Report of the Indian Hemp Drugs Commission, 1894-1895 - Volume VII
Year: 1894
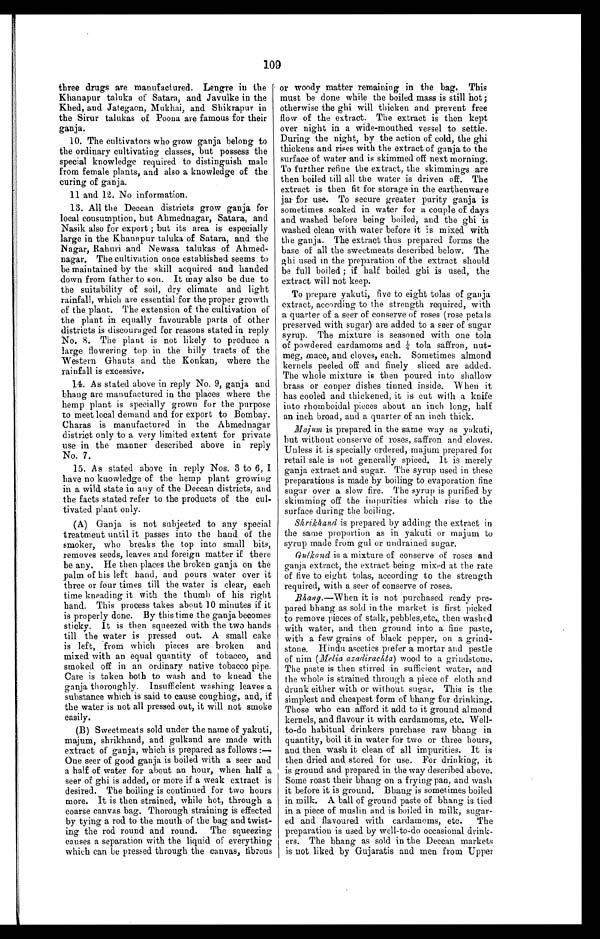
109
three drugs are manufactured. Lengre in the
Khanapur taluka of Satara, and Javulke in the
Khed, and Jategaon, Mukhai, and Shikrapur in
the Sirur talukas of Poona are famous for their
ganja.
10. The cultivators who grow ganja belong to
the ordinary cultivating classes, but possess the
special knowledge required to distinguish male
from female plants, and also a knowledge of the
curing of ganja.
11 and 12. No information.
13. All the Deccan districts grow ganja for
local consumption, but Ahmednagar, Satara, and
Nasik also for export ; but its area is especially
large in the Khanapur taluka of Satara, and the
Nagar, Rahuri and Newasa talukas of Ahmed
-
nagar. The cultivation once established seems to
be maintained by the skill acquired and handed
down from father to son. It may also be due to
the suitability of soil, dry climate and light
rainfall, which are essential for the proper growth
of the plant. The extension of the cultivation of
the plant in equally favourable parts of other
districts is discouraged for reasons stated in reply
No. 8. The plant is not likely to produce a
large flowering top in the hilly tracts of the
Western Ghauts and the Konkan, where the
rainfall is excessive.
14. As stated above in reply No. 9, ganja and
bhang are manufactured in the places where the
hemp plant is specially grown for the purpose
to meet local demand and for export to Bombay.
Charas is manufactured in the Ahmednagar
district only to a very limited extent for private
use in the manner described above in reply
No. 7.
15. As stated above in reply Nos. 3 to 6, I
have no knowledge of the hemp plant growing
in a wild, state in any of the Deccan districts, and
the facts stated refer to the products of the cul
-
tivated plant only.
(A) Ganja is not subjected to any special
treatment until it passes into the hand of the
smoker, who breaks the top into small bits,
removes seeds, leaves and foreign matter if there
be any. He then places the broken ganja on the
palm of his left hand, and pours water over it
three or four times till the water is clear, each
time kneading it with the thumb of his right
hand. This process takes about 10 minutes if it
is properly done. By this time the ganja becomes
sticky. It is then squeezed with the two hands
till the water is pressed out. A small cake
is left, from which pieces are broken and
mixed with an equal quantity of tobacco, and
smoked off in an ordinary native tobacco pipe.
Care is taken both to wash and to knead the
ganja thoroughly. Insufficient washing leaves a
substance which is said to cause coughing, and, if
the water is not all pressed out, it will not smoke
easily.
(B) Sweetmeats sold under the name of yakuti,
majum, shrikhand, and gulkand are made with
extract of ganja, which is prepared as follows:—-
One seer of good ganja is boiled with a seer and
a half of water for about an hour, when half a
seer of ghi is added, or more if a weak extract is
desired. The boiling is continued for two hours
more. It is then strained, while hot, through a
coarse canvas bag. Thorough straining is effected
by tying a rod to the mouth of the bag and twist
-
ing the rod round and round. The squeezing
causes a separation with the liquid of everything
which can be pressed through the canvas, fibrous
or woody matter remaining in the bag. This
must be done while the boiled mass is still hot;
otherwise the ghi will thicken and prevent free
flow of the extract. The extract is then kept
over night in a wide-mouthed vessel to settle.
During the night, by the action of cold, the ghi
thickens and rises with the extract of ganja to the
surface of water and is skimmed off next morning.
To further refine the extract, the skimmings are
then boiled till all the water is driven off. The
extract is then fit for storage in the earthenware
jar for use. To secure greater purity ganja is
sometimes soaked in water for a couple of days
and washed before being boiled, and the ghi is
washed clean with water before it is mixed with
the ganja. The extract thus prepared forms the
base of all the sweetmeats described below. The
ghi used in the preparation of the extract should
be full boiled ; if half boiled ghi is used, the
extract will not keep.
To prepare yakuti, five to eight tolas of ganja
extract, according to the strength required, with
a quarter of a seer of conserve of roses (rose petals
preserved with sugar) are added to a seer of sugar
syrup. The mixture is seasoned with one tola
of powdered cardamoms and ¼ tola saffron,nut
-
meg, mace, and cloves, each. Sometimes almond
kernels peeled off and finely sliced are added.
The whole mixture is then poured into shallow
brass or copper dishes tinned inside. When it
has cooled and thickened, it is cut with a knife
into rhomboidal pieces about an inch long, half
an inch broad, and a quarter of an inch thick.
Majum
is prepared in the same way as yakuti,
but without conserve of roses, saffron and cloves.
Unless it is specially ordered, majum prepared for
retail sale is not generally spiced. It is merely
ganja extract and sugar. The syrup used in these
preparations is made by boiling to evaporation fine
sugar over a slow fire. The syrup is purified by
skimming off the impurities which rise to the
surface during the boiling.
Skrikhand is prepared by adding the extract in
the same proportion as in yakuti or majum to
syrup made from gul or undrained sugar.
Gulkand is a mixture of conserve of roses and
ganja extract, the extract being mixed at the rate
of five to eight tolas, according to the strength
required, with a seer of conserve of roses.
Bhang.—When it is not purchased ready pre
-
pared bhang as sold in the market is first picked
to remove pieces of stalk, pebbles, etc., then washed
with water, and then ground into a fine paste,
with a few grains of black pepper, on a grind
-
stone. Hindu ascetics prefer a mortar and pestle
of nim (Melia azadirachta) wood to a grindstone.
The paste is then stirred in sufficient water, and
the whole is strained through a piece of cloth and
drunk either with or without sugar. This is the
simplest and cheapest form of bhang for drinking.
Those who can afford it add to it ground almond
kernels, and flavour it with cardamoms, etc. Well
-
to-do habitual drinkers purchase raw bhang in
quantity, boil it in water for two or three hours,
and then wash it clean of all impurities. It is
then dried and stored for use. For drinking, it
is ground and prepared. in the way described above.
Some roast their bhang on a frying pan, and wash
it before it is ground. Bhang is sometimes boiled
in milk. A ball of ground paste of bhang is tied
in a piece of muslin and is boiled in milk, sugar
-
ed and flavoured with cardamoms, etc. The
preparation is used. by well-to-do occasional drink
-
ers. The bhang as sold in the Deccan markets
is not liked by Gujaratis and men from Upper